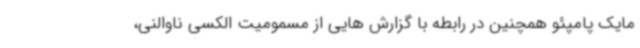
مایک پامپئو همچنین در رابطه با گزارش هایی از مسمومیت الکسی ناوالنی،